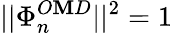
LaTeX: ||\Phi_{n}^{O\mathbf{M}D}||^{2}=1